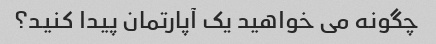
چگونه می خواهید یک آپارتمان پیدا کنید؟